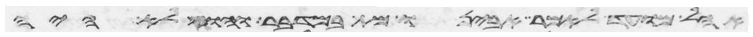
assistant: אהל מועד לאמר אבינו מת במדבר והוא לא היה